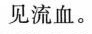
见流血。